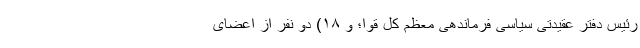
رئیس دفتر عقیدتی سیاسی فرماندهی معظم کل قوا؛ و ۱۸) دو نفر از اعضای